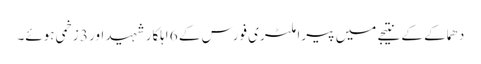
دھماکے کے نتیجے میں پیرا ملٹری فورس کے 6 اہلکار شہید اور 3 زخمی ہوئے۔